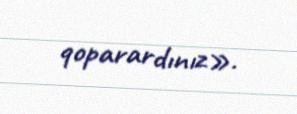
qoparardınız».